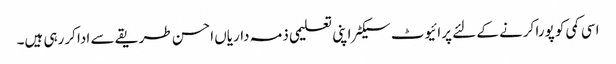
اسی کمی کو پورا کرنے کے لئے پرائیوٹ سیکٹر اپنی تعلیمی ذمہ داریاں احسن طریقے سے ادا کررہی ہیں۔